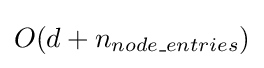
O(d+n_{node\_entries})